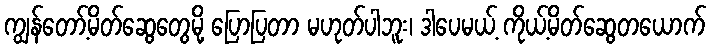
ကျွန်တော့်မိတ်ဆွေတွေမို့ ပြောပြတာ မဟုတ်ပါဘူး၊ ဒါပေမယ့် ကိုယ့်မိတ်ဆွေတယောက်